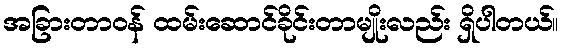
အခြားတာဝန် ထမ်းဆောင်ခိုင်းတာမျိုးလည်း ရှိပါတယ်။